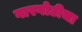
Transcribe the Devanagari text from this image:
गारगोटीचा